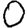
Digit: 0